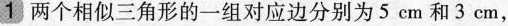
1 两个相似三角形的一组对应边分别为5cm和3cm，